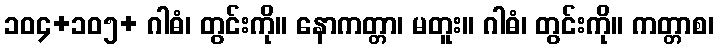
၁၀၄+၁၀၅+ ဂါဓံ၊ တွင်းကို။ နောကတ္တာ၊ မတူး။ ဂါဓံ၊ တွင်းကို။ ကတ္တာစ၊